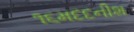
૧૬મદદનીશ